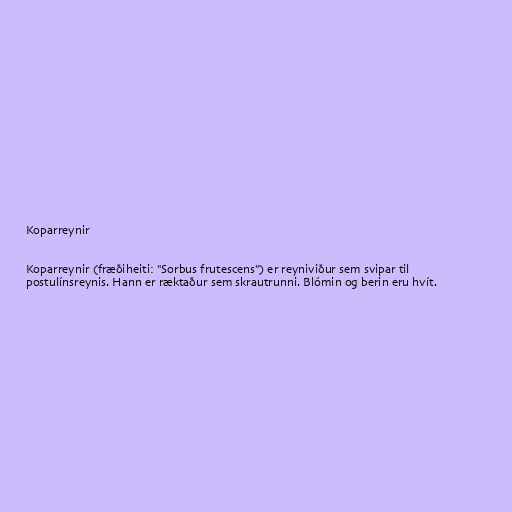
Koparreynir

Koparreynir (fræðiheiti: "Sorbus frutescens") er reyniviður sem svipar til
postulínsreynis. Hann er ræktaður sem skrautrunni. Blómin og berin eru hvít.